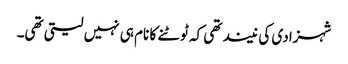
شہزادی کی نیند تھی کہ ٹوٹنے کا نام ہی نہیں لیتی تھی۔